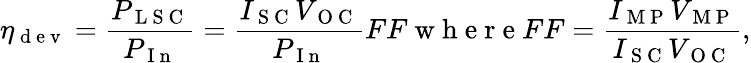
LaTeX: \eta_{\mathrm{~d~e~v~}}=\frac{P_{\mathrm{~L~S~C~}}}{P_{\mathrm{~I~n~}}}=\frac{I_{\mathrm{~S~C~}}V_{\mathrm{~O~C~}}}{P_{\mathrm{~I~n~}}}FF\mathrm{~w~h~e~r~e~}FF=\frac{I_{\mathrm{~M~P~}}V_{\mathrm{~M~P~}}}{I_{\mathrm{~S~C~}}V_{\mathrm{~O~C~}}},